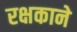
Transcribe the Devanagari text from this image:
रक्षकाने